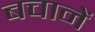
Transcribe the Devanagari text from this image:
बचानें